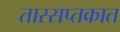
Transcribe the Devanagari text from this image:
तारसप्तकात